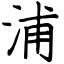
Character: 浦